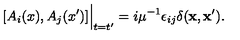
[ A _ { i } ( x ) , A _ { j } ( x ^ { \prime } ) ] \Big | _ { t = t ^ { \prime } } = i \mu ^ { - 1 } \epsilon _ { i j } \delta ( { \bf x } , { \bf x ^ { \prime } } ) .